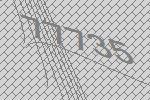
77735